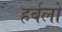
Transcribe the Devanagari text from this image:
हर्बलों